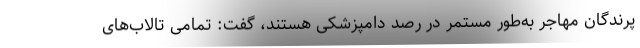
پرندگان مهاجر به‌طور مستمر در رصد دامپزشکی هستند، گفت: تمامی تالاب‌های